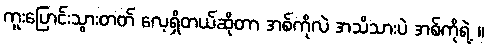
ကူးပြောင်းသွားတတ် လေ့ရှိတယ်ဆိုတာ အစ်ကိုလဲ အသိသားပဲ အစ်ကိုရဲ့ ။